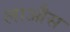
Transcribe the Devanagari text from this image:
लाऔस